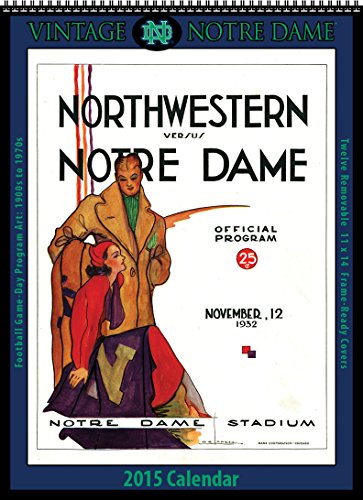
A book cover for Notre Dame Fighting Irish 2015 Vintage Football Calendar; Asgard Press; Calendars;